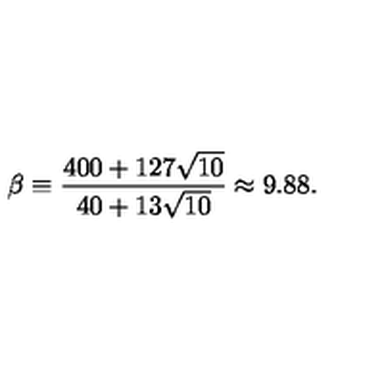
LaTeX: \beta \equiv { \frac { 4 0 0 + 1 2 7 \sqrt { 1 0 } } { 4 0 + 1 3 \sqrt { 1 0 } } } \approx 9 . 8 8 .